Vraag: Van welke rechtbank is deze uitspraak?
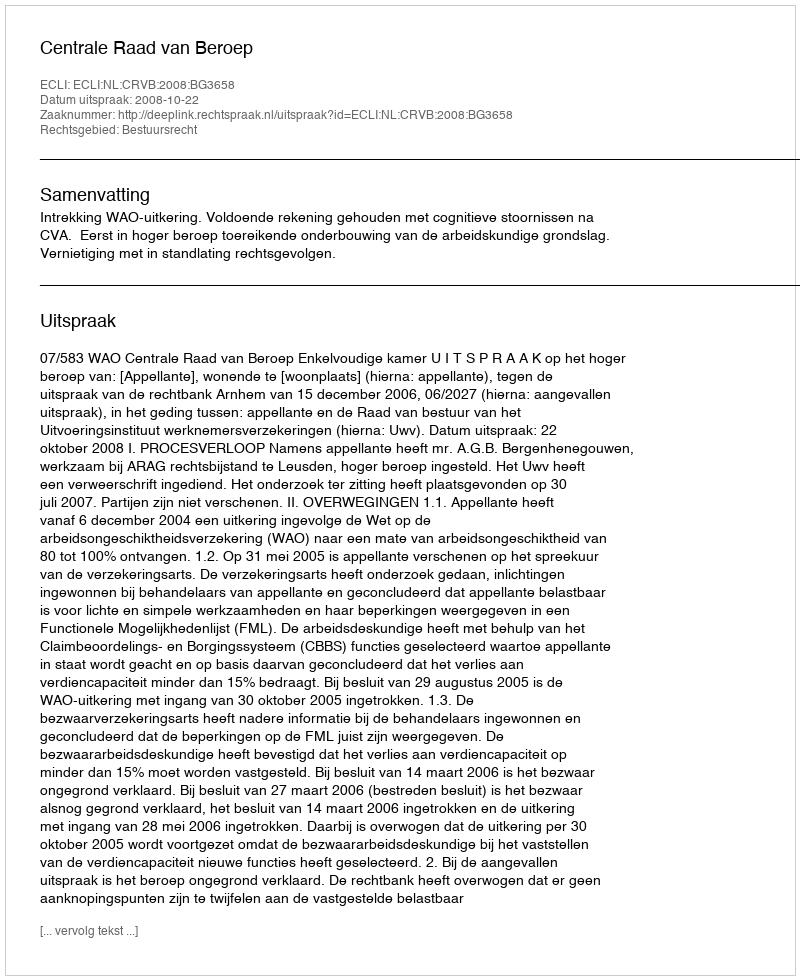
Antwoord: Centrale Raad van Beroep